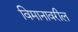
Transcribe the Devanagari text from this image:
विमानावरील